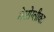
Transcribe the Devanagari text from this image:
मेसोग्लीका